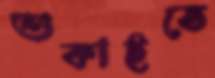
শুকাইতে